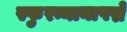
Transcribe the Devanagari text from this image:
स्फुरन्नानापद्मे